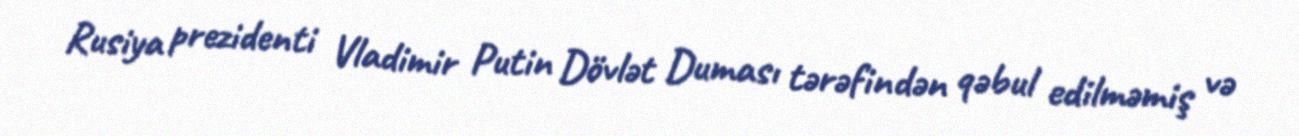
Rusiya prezidenti Vladimir Putin Dövlət Duması tərəfindən qəbul edilməmiş və